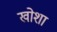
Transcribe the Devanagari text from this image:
खोशा